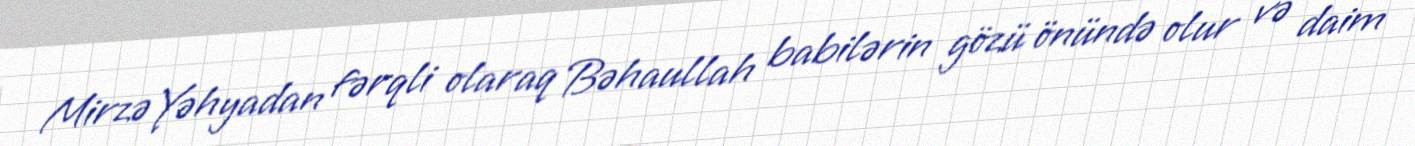
Mirzə Yəhyadan fərqli olaraq Bəhaullah babilərin gözü önündə olur və daim